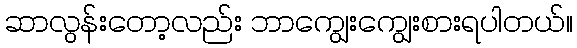
ဆာလွန်းတော့လည်း ဘာကျွေးကျွေးစားရပါတယ်။